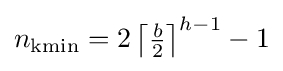
n_{\mathrm {kmin} }=2\left\lceil {\tfrac {b}{2}}\right\rceil ^{h-1}-1